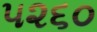
૫૨૬૦